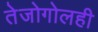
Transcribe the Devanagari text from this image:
तेजोगोलही